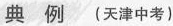
典 例 (天津中考)